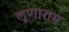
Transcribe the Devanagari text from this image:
लूणाराम